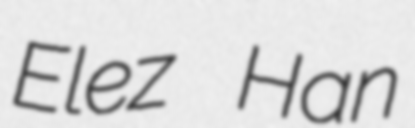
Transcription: Elez Han